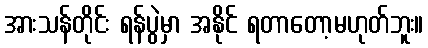
အားသန်တိုင်း ရန်ပွဲမှာ အနိုင် ရတာတော့မဟုတ်ဘူး။